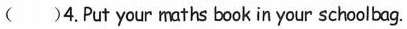
()4.Put your maths book in your schoolbag.